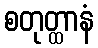
စတုတ္ထာနံ